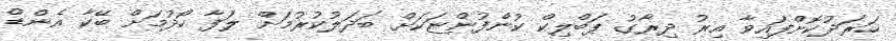
ހަރަދުކޮށްފައިވާ އިރު ދިރާގު ޕަބްލިކް ކުންފުންޏަކަށް ބަދަލުކުރުމަށް ލަފާ ހޯދުމަށް ބޭކާ އެންޑް